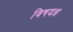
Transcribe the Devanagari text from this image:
विषयज्ञ